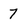
Character: 7